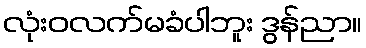
လုံးဝလက်မခံပါဘူး ဒွန်ညာ။